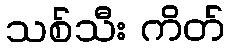
သစ်သီး ကိတ်